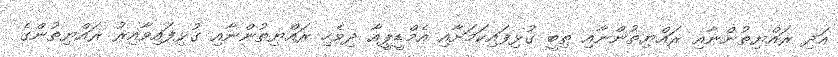
އަދި ރައްޔިތުންނާއި ރައްޔިތުންނާއި ތިބީ ގުޅިފައިކަމަށާއި އެމްޑީޕީއާ ދިވެހި ރައްޔިތުންނާއި ގުޅިފައިވާއިރު ރައްޔިތުންގެ